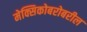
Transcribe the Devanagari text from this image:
मेक्सिकोबरोबरील